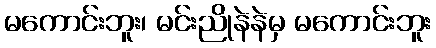
မကောင်းဘူး၊ မင်းညိုနဲနဲမှ မကောင်းဘူး